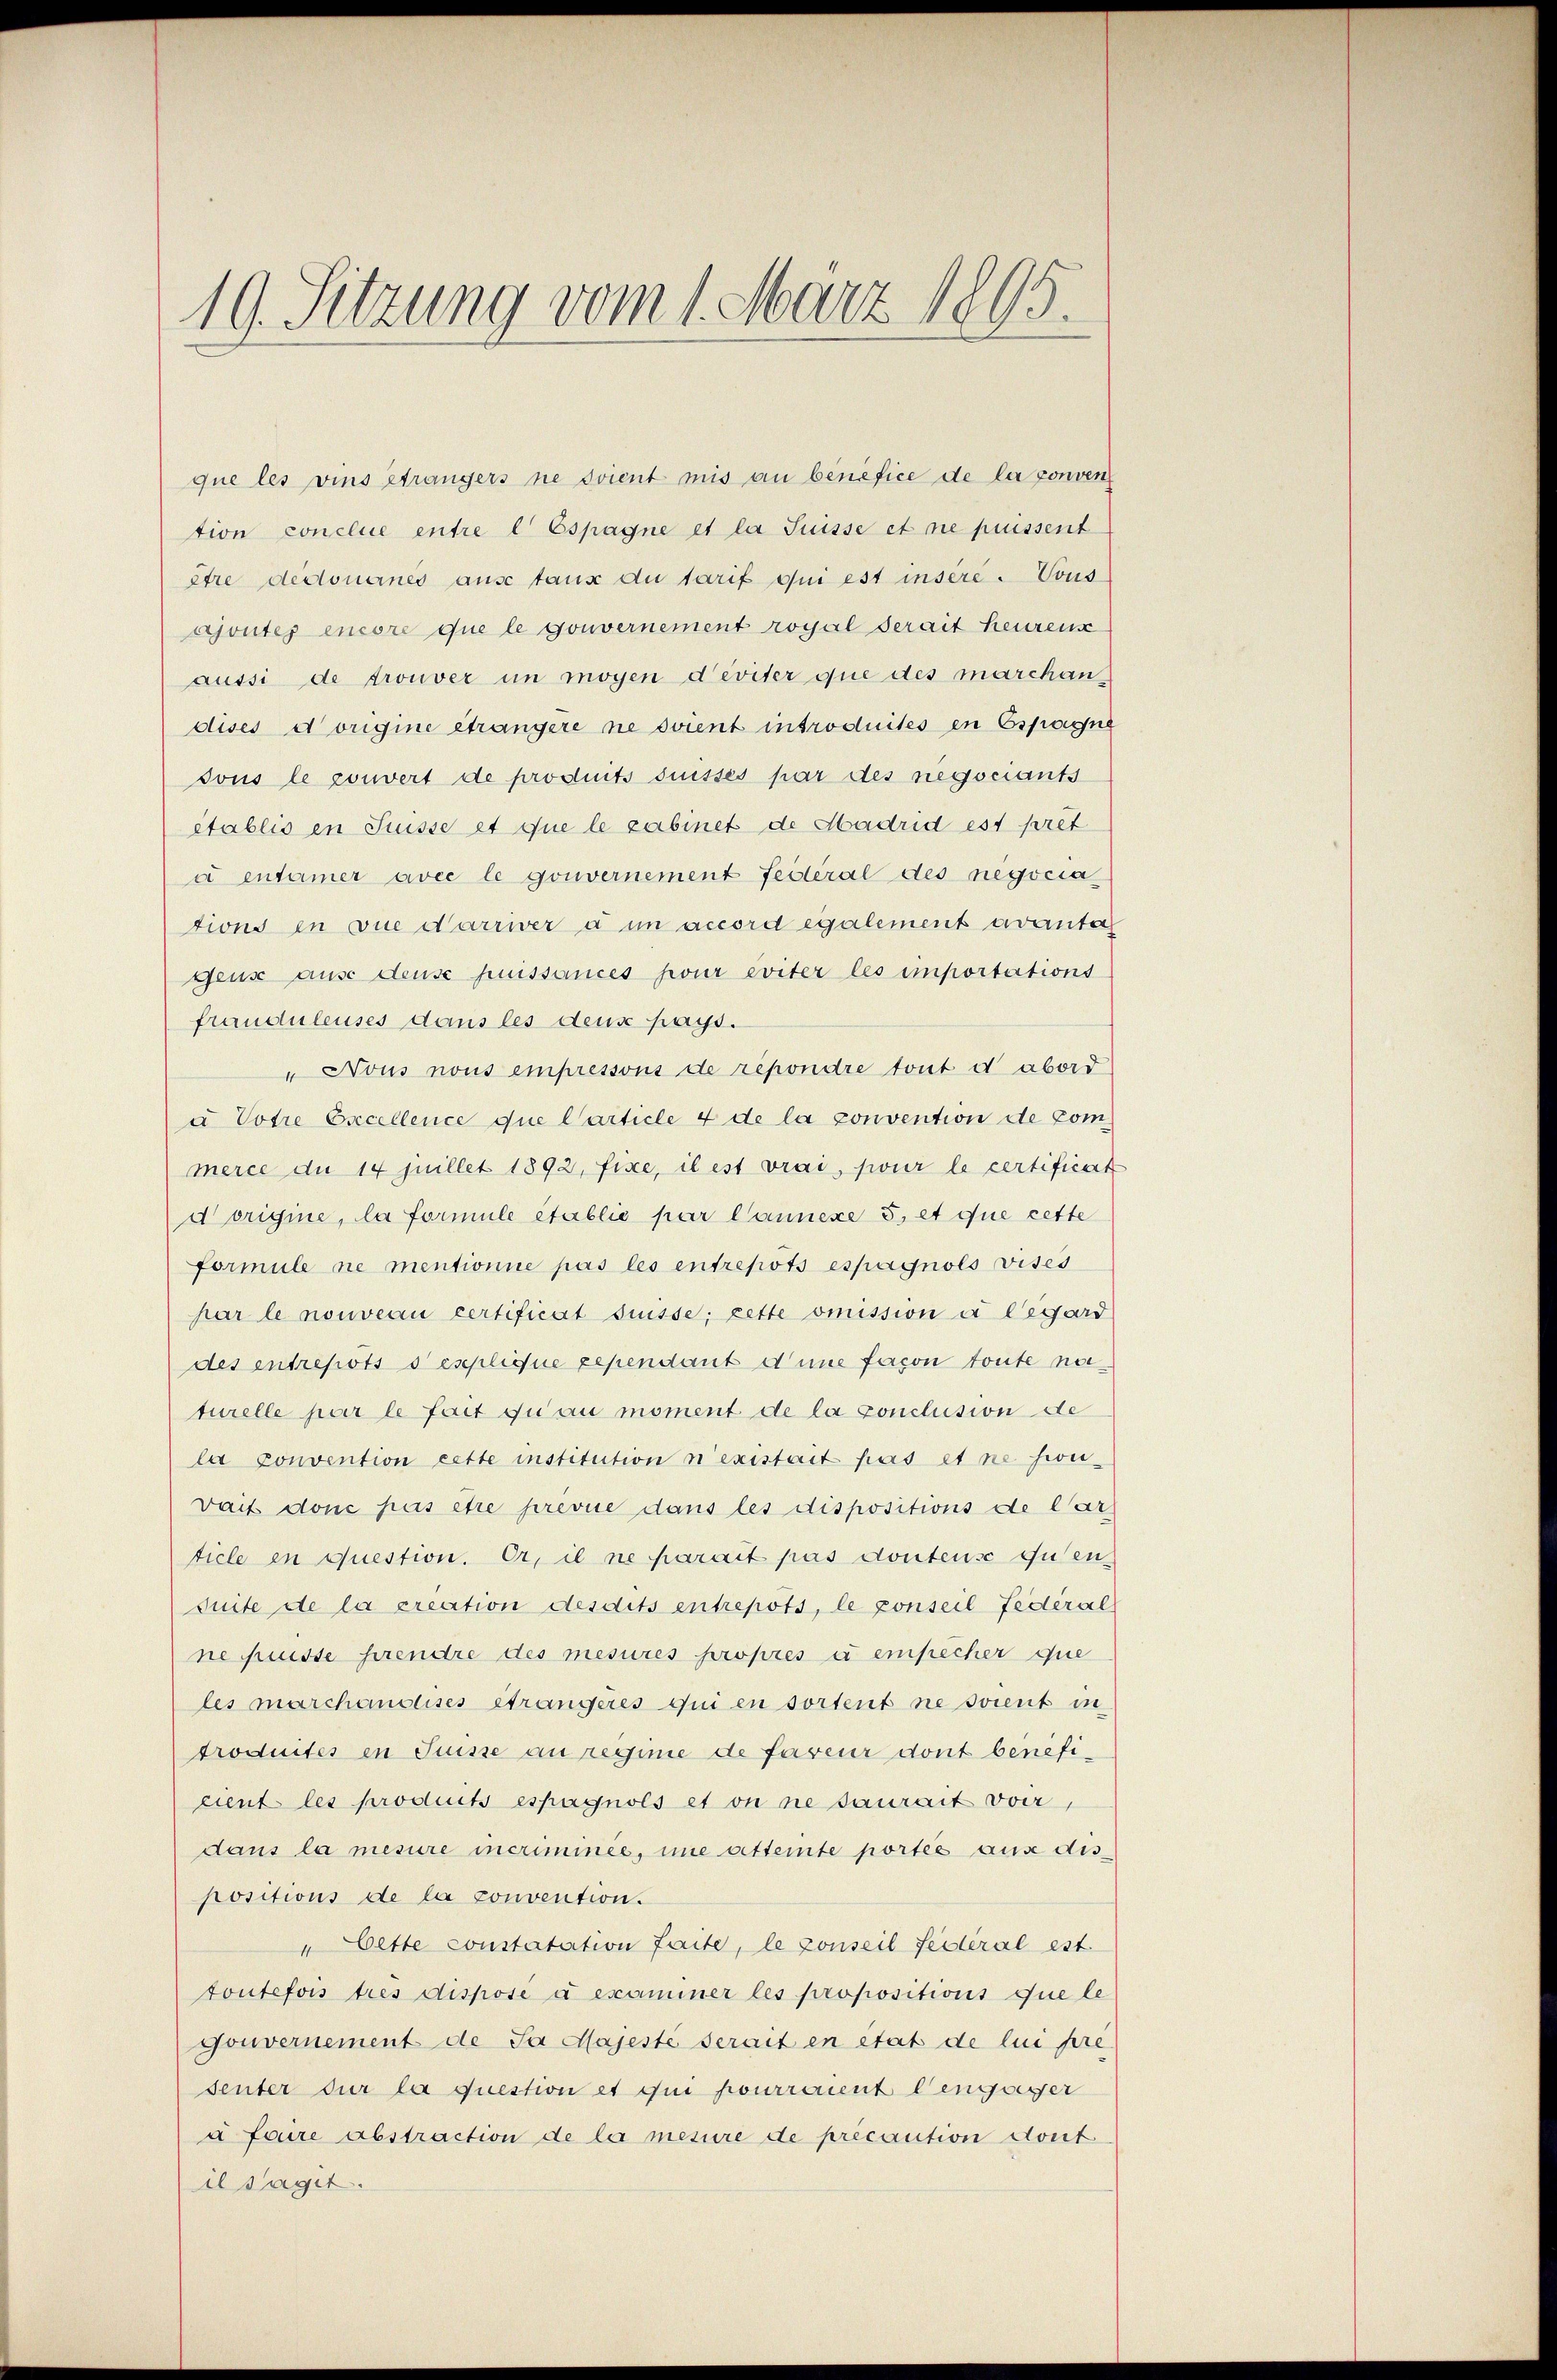
19. Sitzung vom 1. März 1805.

que les vins Strangers ne soient mis an benefice de la conven
tion conclue entre l Espagne et la Suisse et ne puissent
être dedoneines ause tanz du tarif qui est insere. Vous
ajoutes encore que le gouvernement royal serait heurens
aussi de trouver in mögen deviter que des marchan-
dises dorigine eträngere ne soient introduités en Espagne
sous le couvert de produits suisses par des negociants
établis en Suisse et que le cabinet de Madrid est pret
à entamer avec le gouvernement festeral des negocia
tions in vue darrwer a un accord egalement avanta
gens ause dense puissances pour éviter les importations
frauduleuses dans les deus pays.
"Nous nous empressons de repondre tout d abord
u Votre Excellence que Carticle 4 de la convention de Commerce du 14 Juillet 1892, fixe, il est vrai, pour le certificat
d origine, la formule établie par Cannexe 5, et que cette
formule ne mentionie pas les entrepots espagnols vises
par le nouveau certificat Suisse; cette omission à l’égard
des entrepots sepplique cependant d’une facon toute naturelle par le fait fi au moment de la conclusion de
la Convention cette institution n’existait pas et ne sien,
Dait donc pas être prevue dans les dispositions de Car
ticle en question. Er, il ne parait pas dontens guten
suite de la creation desdits entrepots, le conseil Federal
ne puisse prendre des mesures propres u empêcher que
les marchanchises étrangères qui en sortent ne soient in
troduites in Suisse au regime de faveur dont beneficient les produits espagnols et on ne saurait voir,
dans la mesure incriminée, imme atteinte portés aus dis
positions de la convention.
"Cette constatation faite, le conseil fédéral est
toutefois tres dispose à examiner les propositions que le
Gouvernement de Sa Majesté serait en état de lui pre
senter sur la question et qui pourraient lengager
a faire abstraction de la mesure de précaution dont
il Sagit.